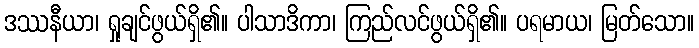
ဒဿနီယာ၊ ရှုချင်ဖွယ်ရှိ၏။ ပါသာဒိကာ၊ ကြည်လင်ဖွယ်ရှိ၏။ ပရမာယ၊ မြတ်သော။